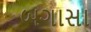
બગાસા